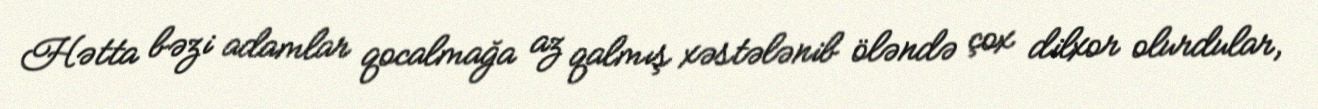
Hətta bəzi adamlar qocalmağa az qalmış xəstələnib öləndə çox dilxor olurdular,